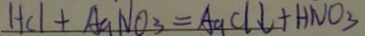
H C l + A a N O _ { 3 } = A a C l \downarrow + H N O _ { 3 }